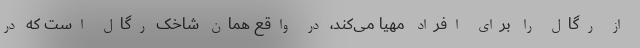
از رگال را برای افراد مهیا می‌کند، در واقع همان شاخک رگال است که در